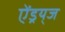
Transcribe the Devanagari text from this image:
ऐंड्रय्‌ज